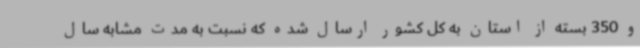
و 350 بسته از استان به کل کشور ارسال شده که نسبت به مدت مشابه سال